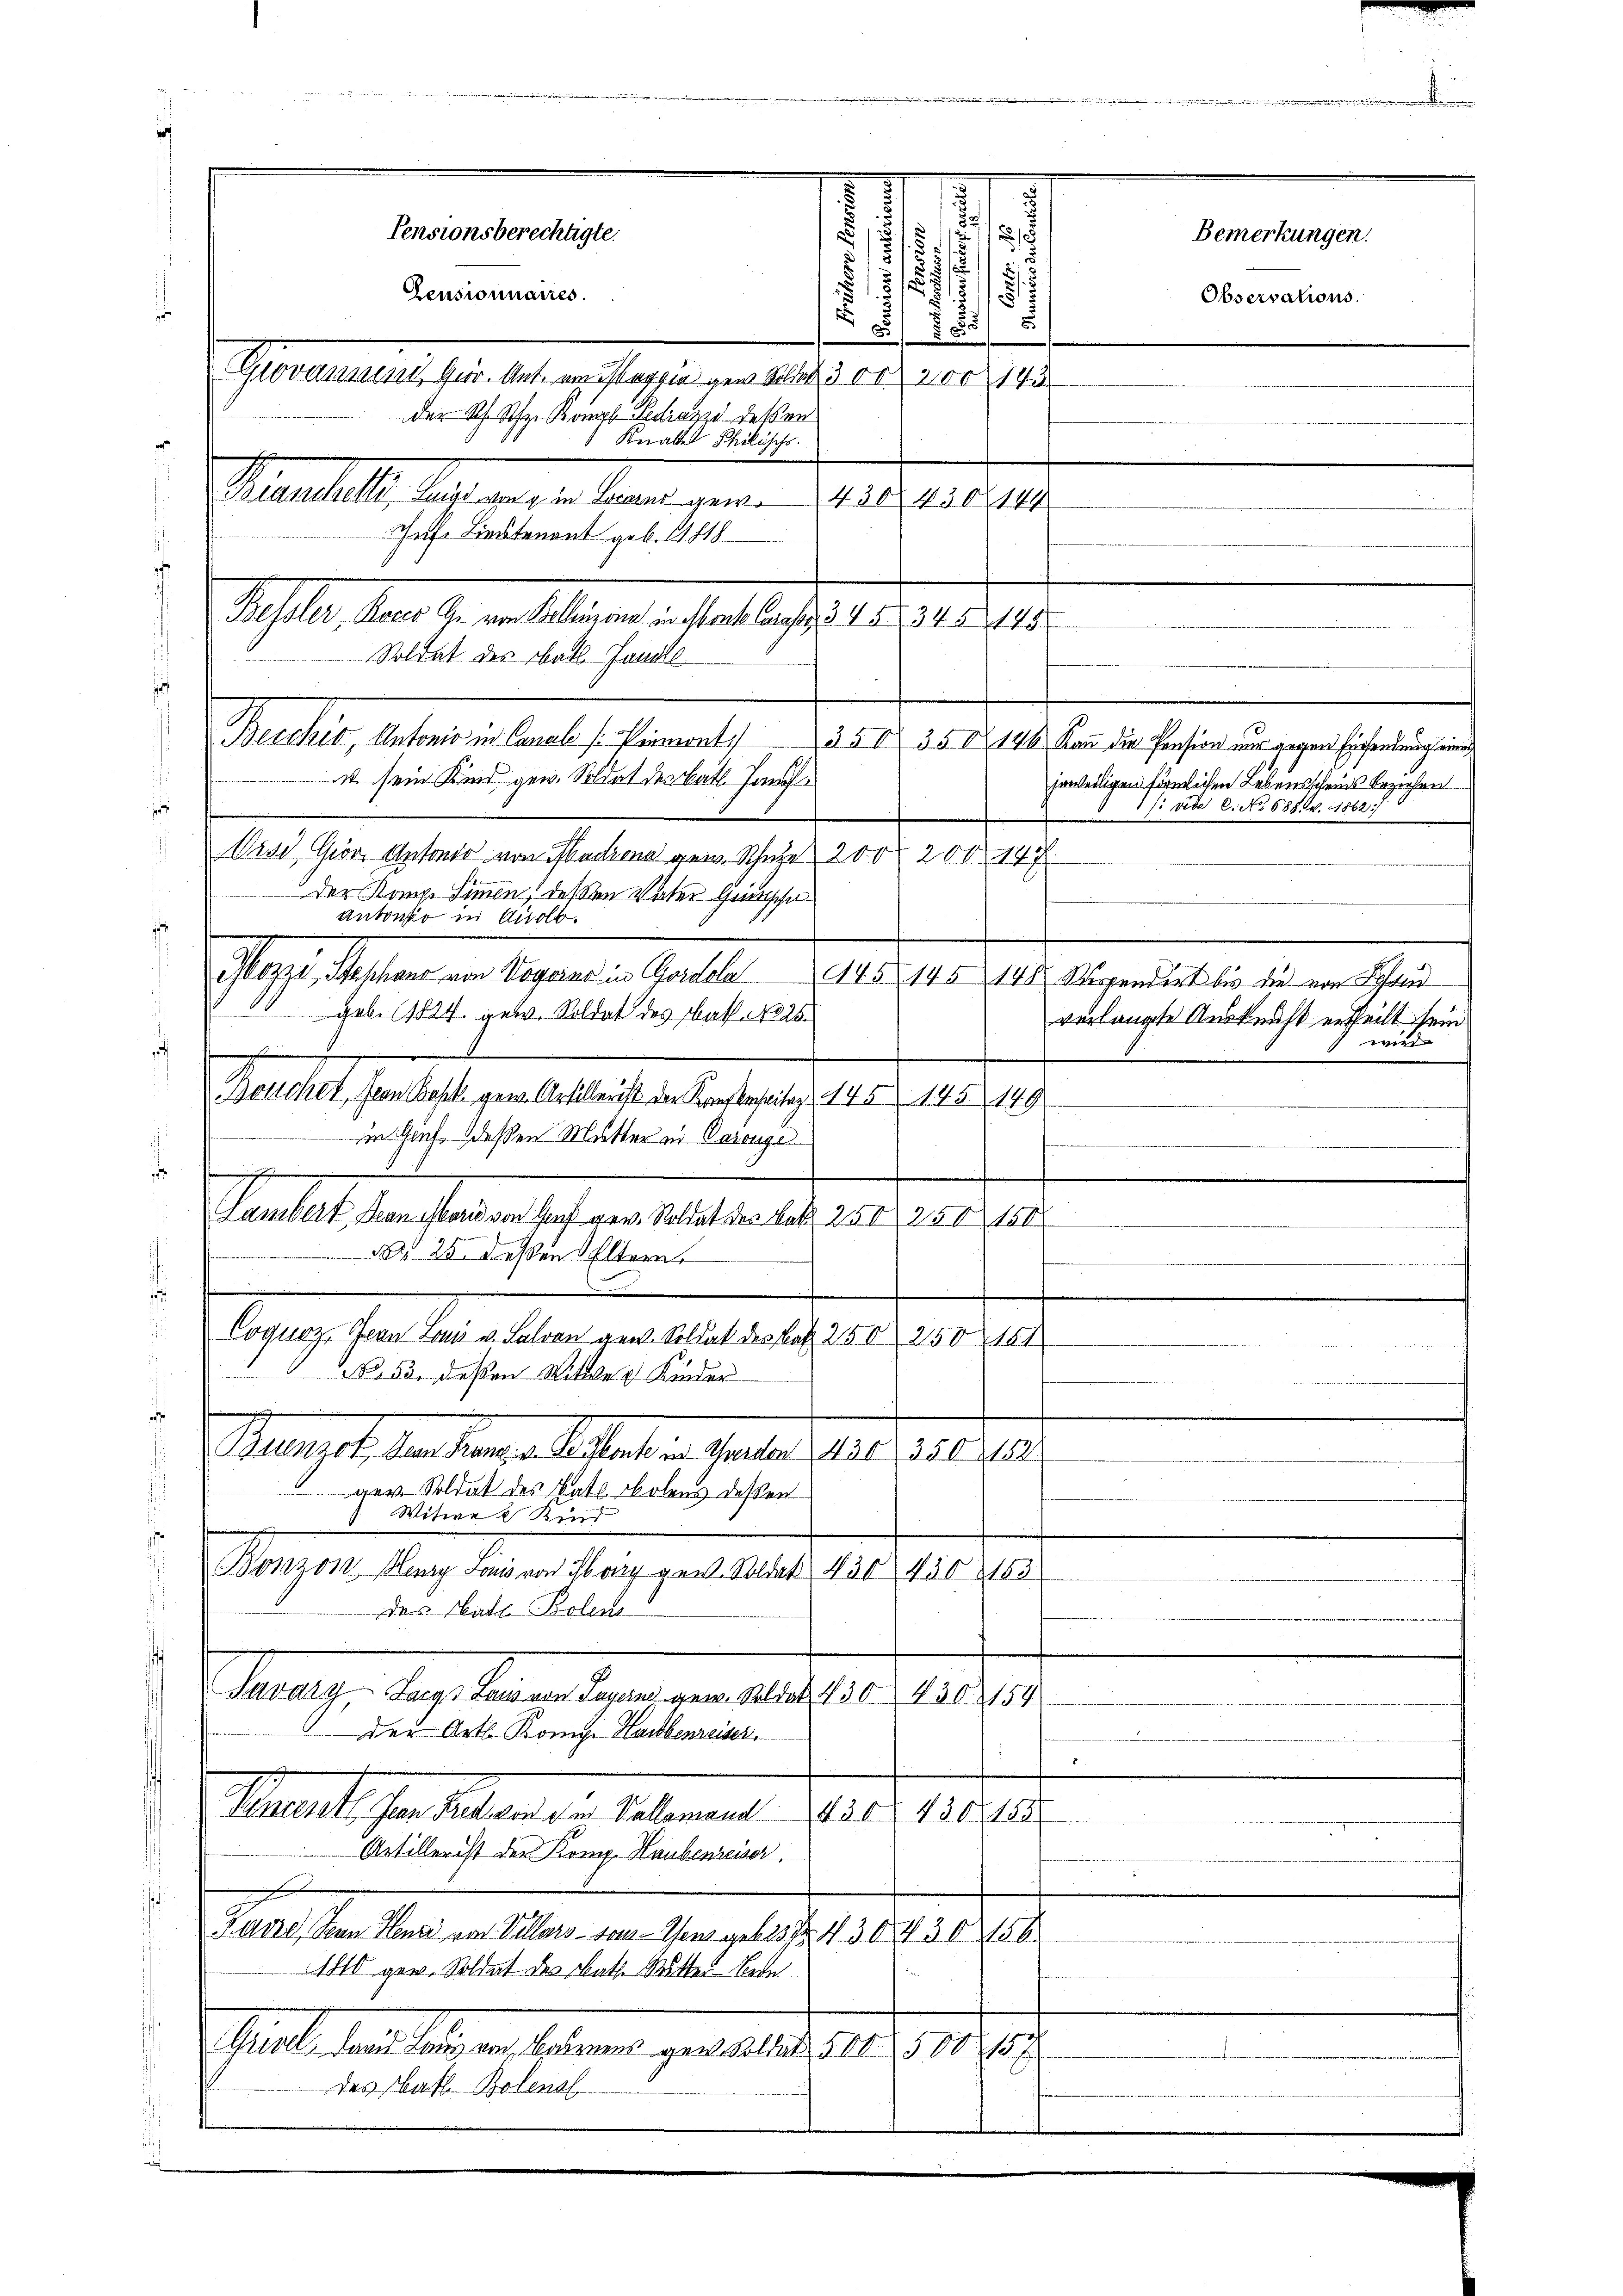
85
¬
Giovanni Gur. Ant. am Maggia gen Solle 3 00 200 143
Der Rh. Schr. Kompl Pedazu deßen
Knatte Philische
Kranchelli, Lust am 3. im Laurer gewo 1420, 450. 444
Infe Lieutenant geb. 1848
Bessler, Rocke. An von Belligen in Stanklaratz, 345 34 § 1455
Soldat des Thats. Janull
¬
Berchiv, Antorio in Canal Vermont. 350 35 x 144 Kann die Pension nur gegen Einsendung eine
r
Wind Ger Antoner von Macona gew. Schule 200 200. 147
Der Komp. Simmen, deßen Vater Getische
antonio in Analo
i
Mozzi, Stephano von Vogerne in Gardeln 445. 145 148. Morgendert bis die von Schau
 gebe (1824 geb. Soldat des bath No 26.
Bouchet, son Basek gew. Artillerist der Kanzlereitag 145 145. 149
in Genf deßen Mutter in Parenge

e
Lambert man chbaris von sich gew. Soldat des Bek. 250 250 150
Nr. 25. deßen Eltern.
.
s
Coquoz, Schan Land u. Fahren gew. Soldat des Satz. 250 250 151
No. 53. Deten Witwe u Kinder
¬
Maunz, Martieren Bestalten unter 1810. 10. 19.
ger. Soldat des Vats. Bolens dessen
Witwe Kind
Bonzon Harry Landsrad Ewig gew. Soldat
N 1
4502153
des Nath Bolen
Savary, Jaggs Laus von Sagens gew. Soldat 430. 430. 2154
den Art. Konig Haubenreiser,
e
I
¬
Schents Jean Religen den Kellemand 20. 438 188
Artiller ist der Komp. Haubenreiser
Pase, San Hand von Villars vom Ofens geb. 257. 430 430 156
1810 gew. Soldat des Rath. Mitter Bede
Gurels Land Lanz vor, Barens gen wildet 500 § 80. 157
n
des Math. Bolenal

3
2
r
13
Pensionsberechtigte.
.
52)
s
s
3/
5./3
.
7
Zeusionnaires.

s. sein Kind gen. Soldat der bath Hanf¬

Bemerkungen.

jeweiligen förmlichen Lebensscheins beziehen.
11: vide C. No 688. v. 1862.

verlangte Auskunft ertheilt sein.
wird

Observations.

.

A